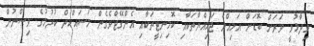
ވިދާޅުވީ ވަރަށް ބޮޑަށް އަމިއްލަ ޖަމިއްޔާތަކާއި ކޮމިނިޓީތަކާއި އެންގޭޖްވެގެން މަސައްކަތް ކުރުމުގެ ވިސްނުން